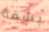
بشقة